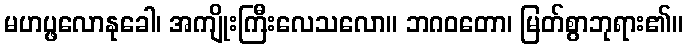
မဟပ္ဖလောနုခေါ၊ အကျိုးကြီးလေသလော။ ဘဂဝတော၊ မြတ်စွာဘုရား၏။